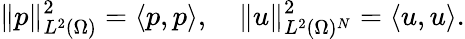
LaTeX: \| p\| _{L^{2}(\Omega)}^{2}=\left\langle p,p\right\rangle,\quad\| u\| _{L^{2}(\Omega)^{N}}^{2}=\left\langle u,u\right\rangle.